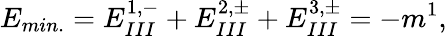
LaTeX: E_{min.}=E_{III}^{1,-}+E_{III}^{2,\pm}+E_{III}^{3,\pm}=-m^{1},